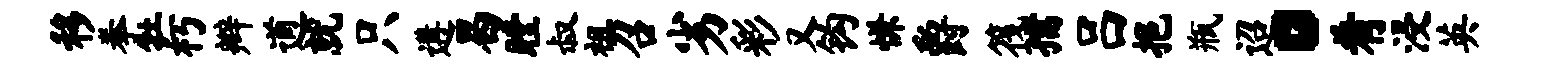
移拳牡朽辫遒就只遘曷瞠叔祖召劣彩又钩慊爵筏孺吕挹瓶迢。肴浸英